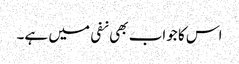
اس کا جواب بھی نفی میں ہے۔